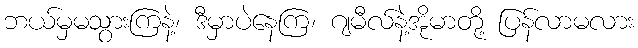
ဘယ်မှမသွားကြနဲ့၊ ဒီမှာပဲနေကြ၊ ဂျမီလ်နဲ့အိုမာတို့ ပြန်လာမလား